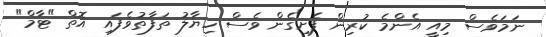
ނަމަވެސް މިއީ އެންމެ ކުރިން ފެށިގެން ވެސް ހިޔާލު ތަފާތުވެފައި އޮތް "ޓާމް"